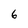
Character: 6